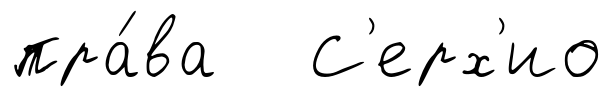
пра́ва С'ерх'ио